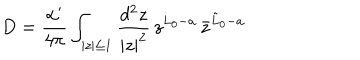
LaTeX: D = \frac { \alpha ^ { \prime } } { 4 \pi } \int _ { | z | \leq 1 } \frac { d ^ { 2 } z } { | z | ^ { 2 } } \, z ^ { L _ { 0 } - a } \, { \bar { z } } ^ { { \tilde { L } } _ { 0 } - a }